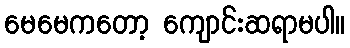
မေမေကတော့ ကျောင်းဆရာမပါ။